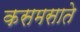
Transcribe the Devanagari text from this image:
कसमसाते